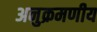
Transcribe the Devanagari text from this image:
अनुक्रमणीय